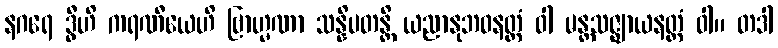
နဂရေ ဒွီဟိ ကရဏီယေဟိ ဗြာဟ္မဏာ သန္နိပတန္တိ ယညာနုဘဝနတ္ထံ ဝါ မန္တသဇ္ဈာယနတ္ထံ ဝါ။ တဒါ